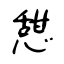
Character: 憇